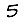
Digit: 5